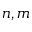
n , m